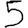
Digit: 5